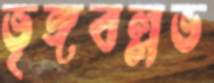
ভৃঙ্গবল্লভ